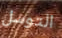
التوسل